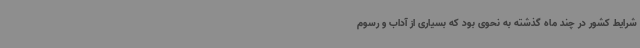
شرایط کشور در چند ماه گذشته به نحوی بود که بسیاری از آداب و رسوم